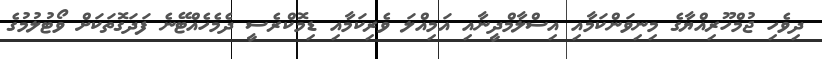
ދިވެހި ޖުމްހޫރިއްޔާގެ މިނިވަންކަމާއި އިސްލާމްދީނާއި އަމިއްލަ ވެރިކަމާއި ޑިމޮކްރެސީ ދެމެހެއްޓޭނެ ފަދަގޮތަކަށް ވޯޓުލުމުގެ